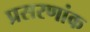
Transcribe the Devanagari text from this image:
प्रसरणांक